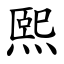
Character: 熙